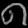
Digit: ၈